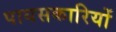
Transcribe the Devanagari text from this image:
पायसकारियों